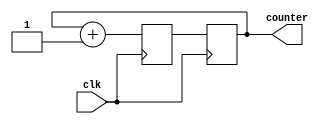
module ring_counter (
  input wire clk,
  output reg [3:0] counter
);

reg [3:0] next_state;

always @ (posedge clk) begin
  next_state = counter + 1;
end

always @ (posedge clk) begin
  counter <= next_state;
end

endmodule